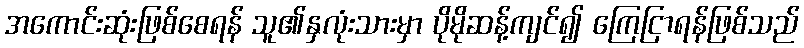
အကောင်းဆုံးဖြစ်စေရန် သူ၏နှလုံးသားမှာ ပိုမိုဆန့်ကျင်၍ ကြေငြာရန်ဖြစ်သည်